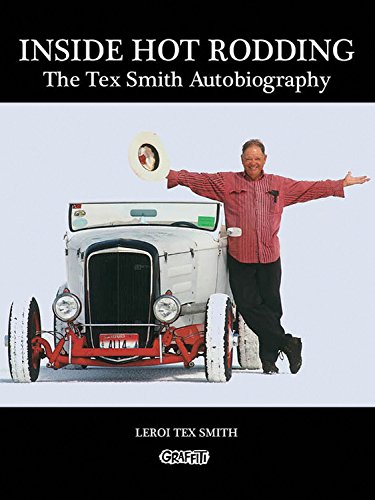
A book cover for Inside Hot Rodding: The Tex Smith Autobiography; LeRoi Tex Smith; Engineering & Transportation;